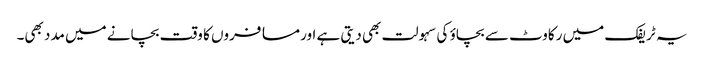
یہ ٹریفک میں رکاوٹ سے بچاؤ کی سہولت بھی دیتی ہے اور مسافروں کا وقت بچانے میں مدد بھی۔